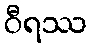
ဝီရဿ